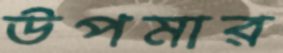
উপমার